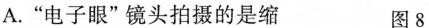
A.”电子眼”镜头拍摄的是缩 图8